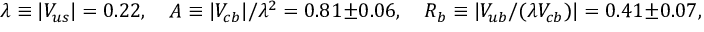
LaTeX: \lambda \equiv | V _ { u s } | = 0 . 2 2 , \quad A \equiv | V _ { c b } | / \lambda ^ { 2 } = 0 . 8 1 \pm 0 . 0 6 , \quad R _ { b } \equiv | V _ { u b } / ( \lambda V _ { c b } ) | = 0 . 4 1 \pm 0 . 0 7 ,